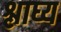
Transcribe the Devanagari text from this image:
श्लाघ्य